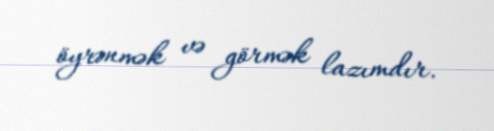
öyrənmək və görmək lazımdır.